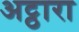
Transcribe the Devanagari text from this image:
अट्ठारा